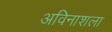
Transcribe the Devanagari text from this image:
अविनाशला